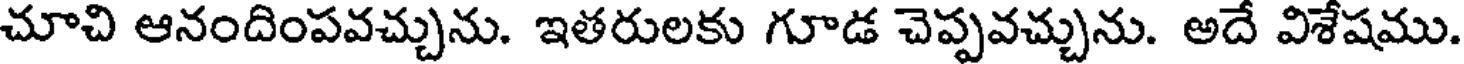
చూచి ఆనందింపవచ్చును. ఇతరులకు గూడ చెప్పవచ్చును. అదే విశేషము.